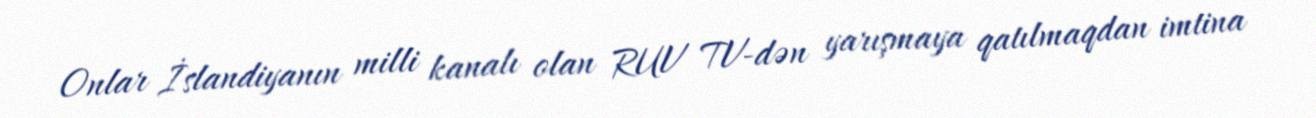
Onlar İslandiyanın milli kanalı olan RUV TV-dən yarışmaya qatılmaqdan imtina